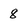
Character: 8